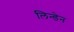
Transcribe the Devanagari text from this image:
लिन्डेन